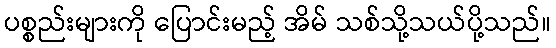
ပစ္စည်းများကို ပြောင်းမည့် အိမ် သစ်သို့သယ်ပို့သည်။